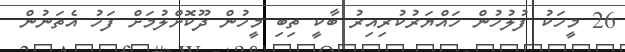
26 މީހަކު ފުލުހުން ހައްޔަރުކުރިއިރު ބާކީ ތިބި މީހުން ދޫކޮށްލުމަށް ފަހު އެތަނުން